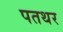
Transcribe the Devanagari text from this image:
पतथर